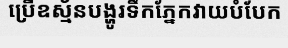
ប្រើឧស្ម័នបង្ហូរទឹកភ្នែកវាយបំបែក